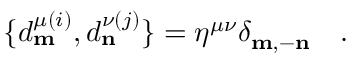
\{ d _ { \bf m } ^ { \mu ( i ) } , d _ { \bf n } ^ { \nu ( j ) } \} = \eta ^ { \mu \nu } \delta _ { \bf m , \bf - n } \quad .